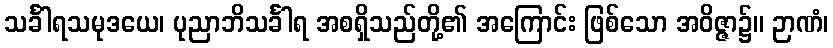
သင်္ခါရသမုဒယေ၊ ပုညာဘိသင်္ခါရ အစရှိသည်တို့၏ အကြောင်း ဖြစ်သော အဝိဇ္ဇာ၌။ ဉာဏံ၊